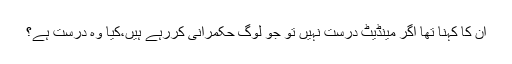
ان کا کہنا تھا اگر مینڈیٹ درست نہیں تو جو لوگ حکمرانی کررہے ہیں،کیا وہ درست ہے؟